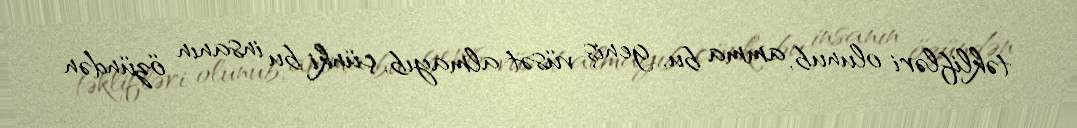
təklifləri olunub, amma bu, geniş vüsət almayıb, çünki bu insanın özündən